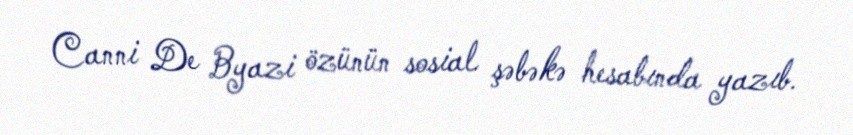
Canni De Byazi özünün sosial şəbəkə hesabında yazıb.